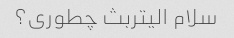
سلام الیتربث چطوری؟